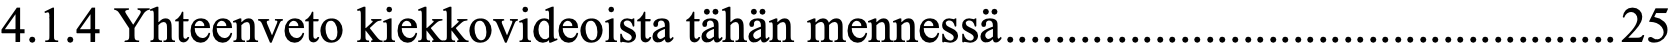
4.1.4 Yhteenveto kiekkovideoista tähän mennessä.................................................25